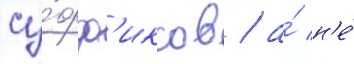
су́фф'иксов / а́ н'е́